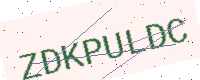
Text: ZDKPULDC